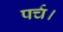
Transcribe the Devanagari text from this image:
पर्च।